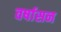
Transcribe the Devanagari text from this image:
वर्षासन